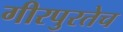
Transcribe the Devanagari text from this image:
गीरपुरतेच